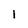
Character: 1